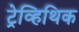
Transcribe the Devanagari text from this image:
ट्रेव्हिथिक